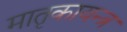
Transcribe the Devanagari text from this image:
मातृकायन्त्र